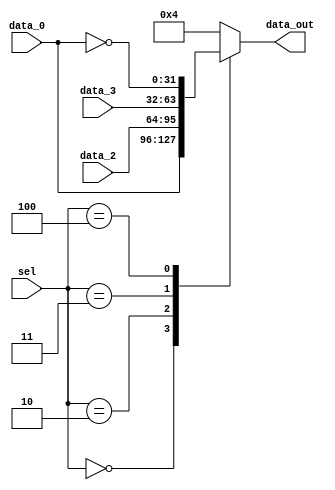
module mux_ALU_B (
    input wire [2:0] sel,
    input wire [31:0] data_0,
    input wire [31:0] data_2,
    input wire [31:0] data_3,
    output reg [31:0] data_out
);
    wire [31:0] notB = ~data_0;
    always @(*) begin
        case (sel)
            3'd0: data_out = data_0;
            3'd1: data_out = 32'd4;
            3'd2: data_out = data_2;
            3'd3: data_out = data_3;
            3'd4: data_out = notB; 
            default: data_out = 32'd4;
        endcase 
    end 

endmodule